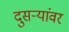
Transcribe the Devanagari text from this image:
दुसर्‍यांवर